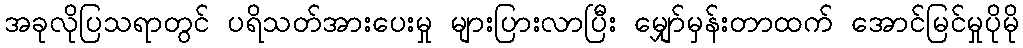
အခုလိုပြသရာတွင် ပရိသတ်အားပေးမှု များပြားလာပြီး မျှော်မှန်းတာထက် အောင်မြင်မှုပိုမို